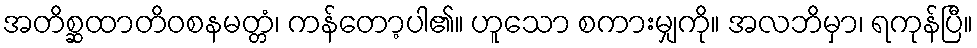
အတိစ္ဆထာတိဝစနမတ္တံ၊ ကန်တော့ပါ၏။ ဟူသော စကားမျှကို။ အလဘိမှာ၊ ရကုန်ပြီ။